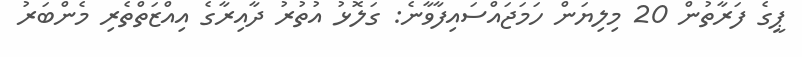
ޕީގެ ފަރާތުން 20 މިލިޔަން ހަމަޖައްސައިފާވާނެ: ގަލޮޅު އުތުރު ދާއިރާގެ އިއްޒަތްތެރި މެންބަރު